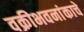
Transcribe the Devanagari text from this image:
वक्रीभवनांकाचे